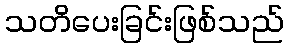
သတိပေးခြင်းဖြစ်သည်